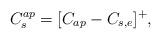
LaTeX: \begin{align*}{C_s^{ap}} =[ { {{C_{ap}} - {C_{s,e}}} }]^+,\end{align*}